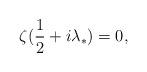
LaTeX: \begin{align*}\zeta ({\sc \frac{1}{2}} + i\lambda_{*}) = 0,\end{align*}